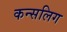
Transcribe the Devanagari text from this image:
कन्सलिग